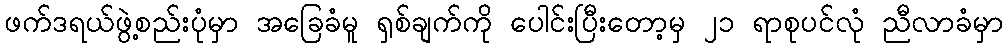
ဖက်ဒရယ်ဖွဲ့စည်းပုံမှာ အခြေခံမူ ရှစ်ချက်ကို ပေါင်းပြီးတော့မှ ၂၁ ရာစုပင်လုံ ညီလာခံမှာ